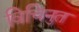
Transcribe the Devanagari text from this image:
विचिनुत